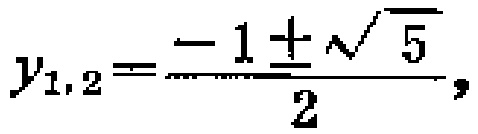
$y_{1,2}=\frac{-1\pm\sqrt{5}}{2},$